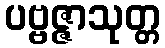
ပဗ္ဗဇ္ဇာသုတ္တ